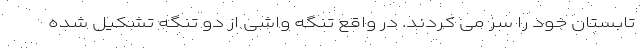
تابستان خود را سر می کردند. در واقع تنگه واشی از دو تنگه تشکیل شده